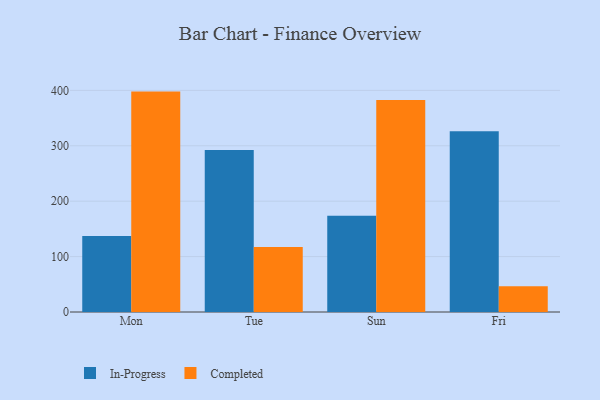
{"axis": {"x": "Day", "y": "Conversion Rate (%)"}, "legend": ["Completed", "In-Progress"], "data": [{"x": "Mon", "y": 137.3, "type": "In-Progress"}, {"x": "Mon", "y": 397.8, "type": "Completed"}, {"x": "Tue", "y": 292.4, "type": "In-Progress"}, {"x": "Tue", "y": 117.2, "type": "Completed"}, {"x": "Sun", "y": 173.5, "type": "In-Progress"}, {"x": "Sun", "y": 382.6, "type": "Completed"}, {"x": "Fri", "y": 326.1, "type": "In-Progress"}, {"x": "Fri", "y": 46.3, "type": "Completed"}]}